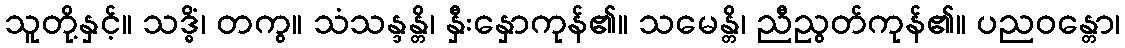
သူတို့နှင့်။ သဒ္ဓိံ၊ တကွ။ သံသန္ဒန္တိ၊ နှီးနှောကုန်၏။ သမေန္တိ၊ ညီညွတ်ကုန်၏။ ပညဝန္တော၊